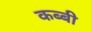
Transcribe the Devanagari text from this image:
कब्बी